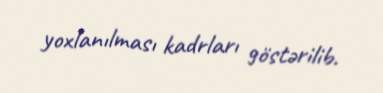
yoxlanılması kadrları göstərilib.